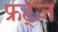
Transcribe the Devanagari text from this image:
फ्रट्ज़